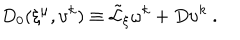
D _ { 0 } ( \xi ^ { \mu } , \upsilon ^ { k } ) \equiv { \tilde { \cal L } } _ { \xi } \omega ^ { k } + D \upsilon ^ { k } \ .